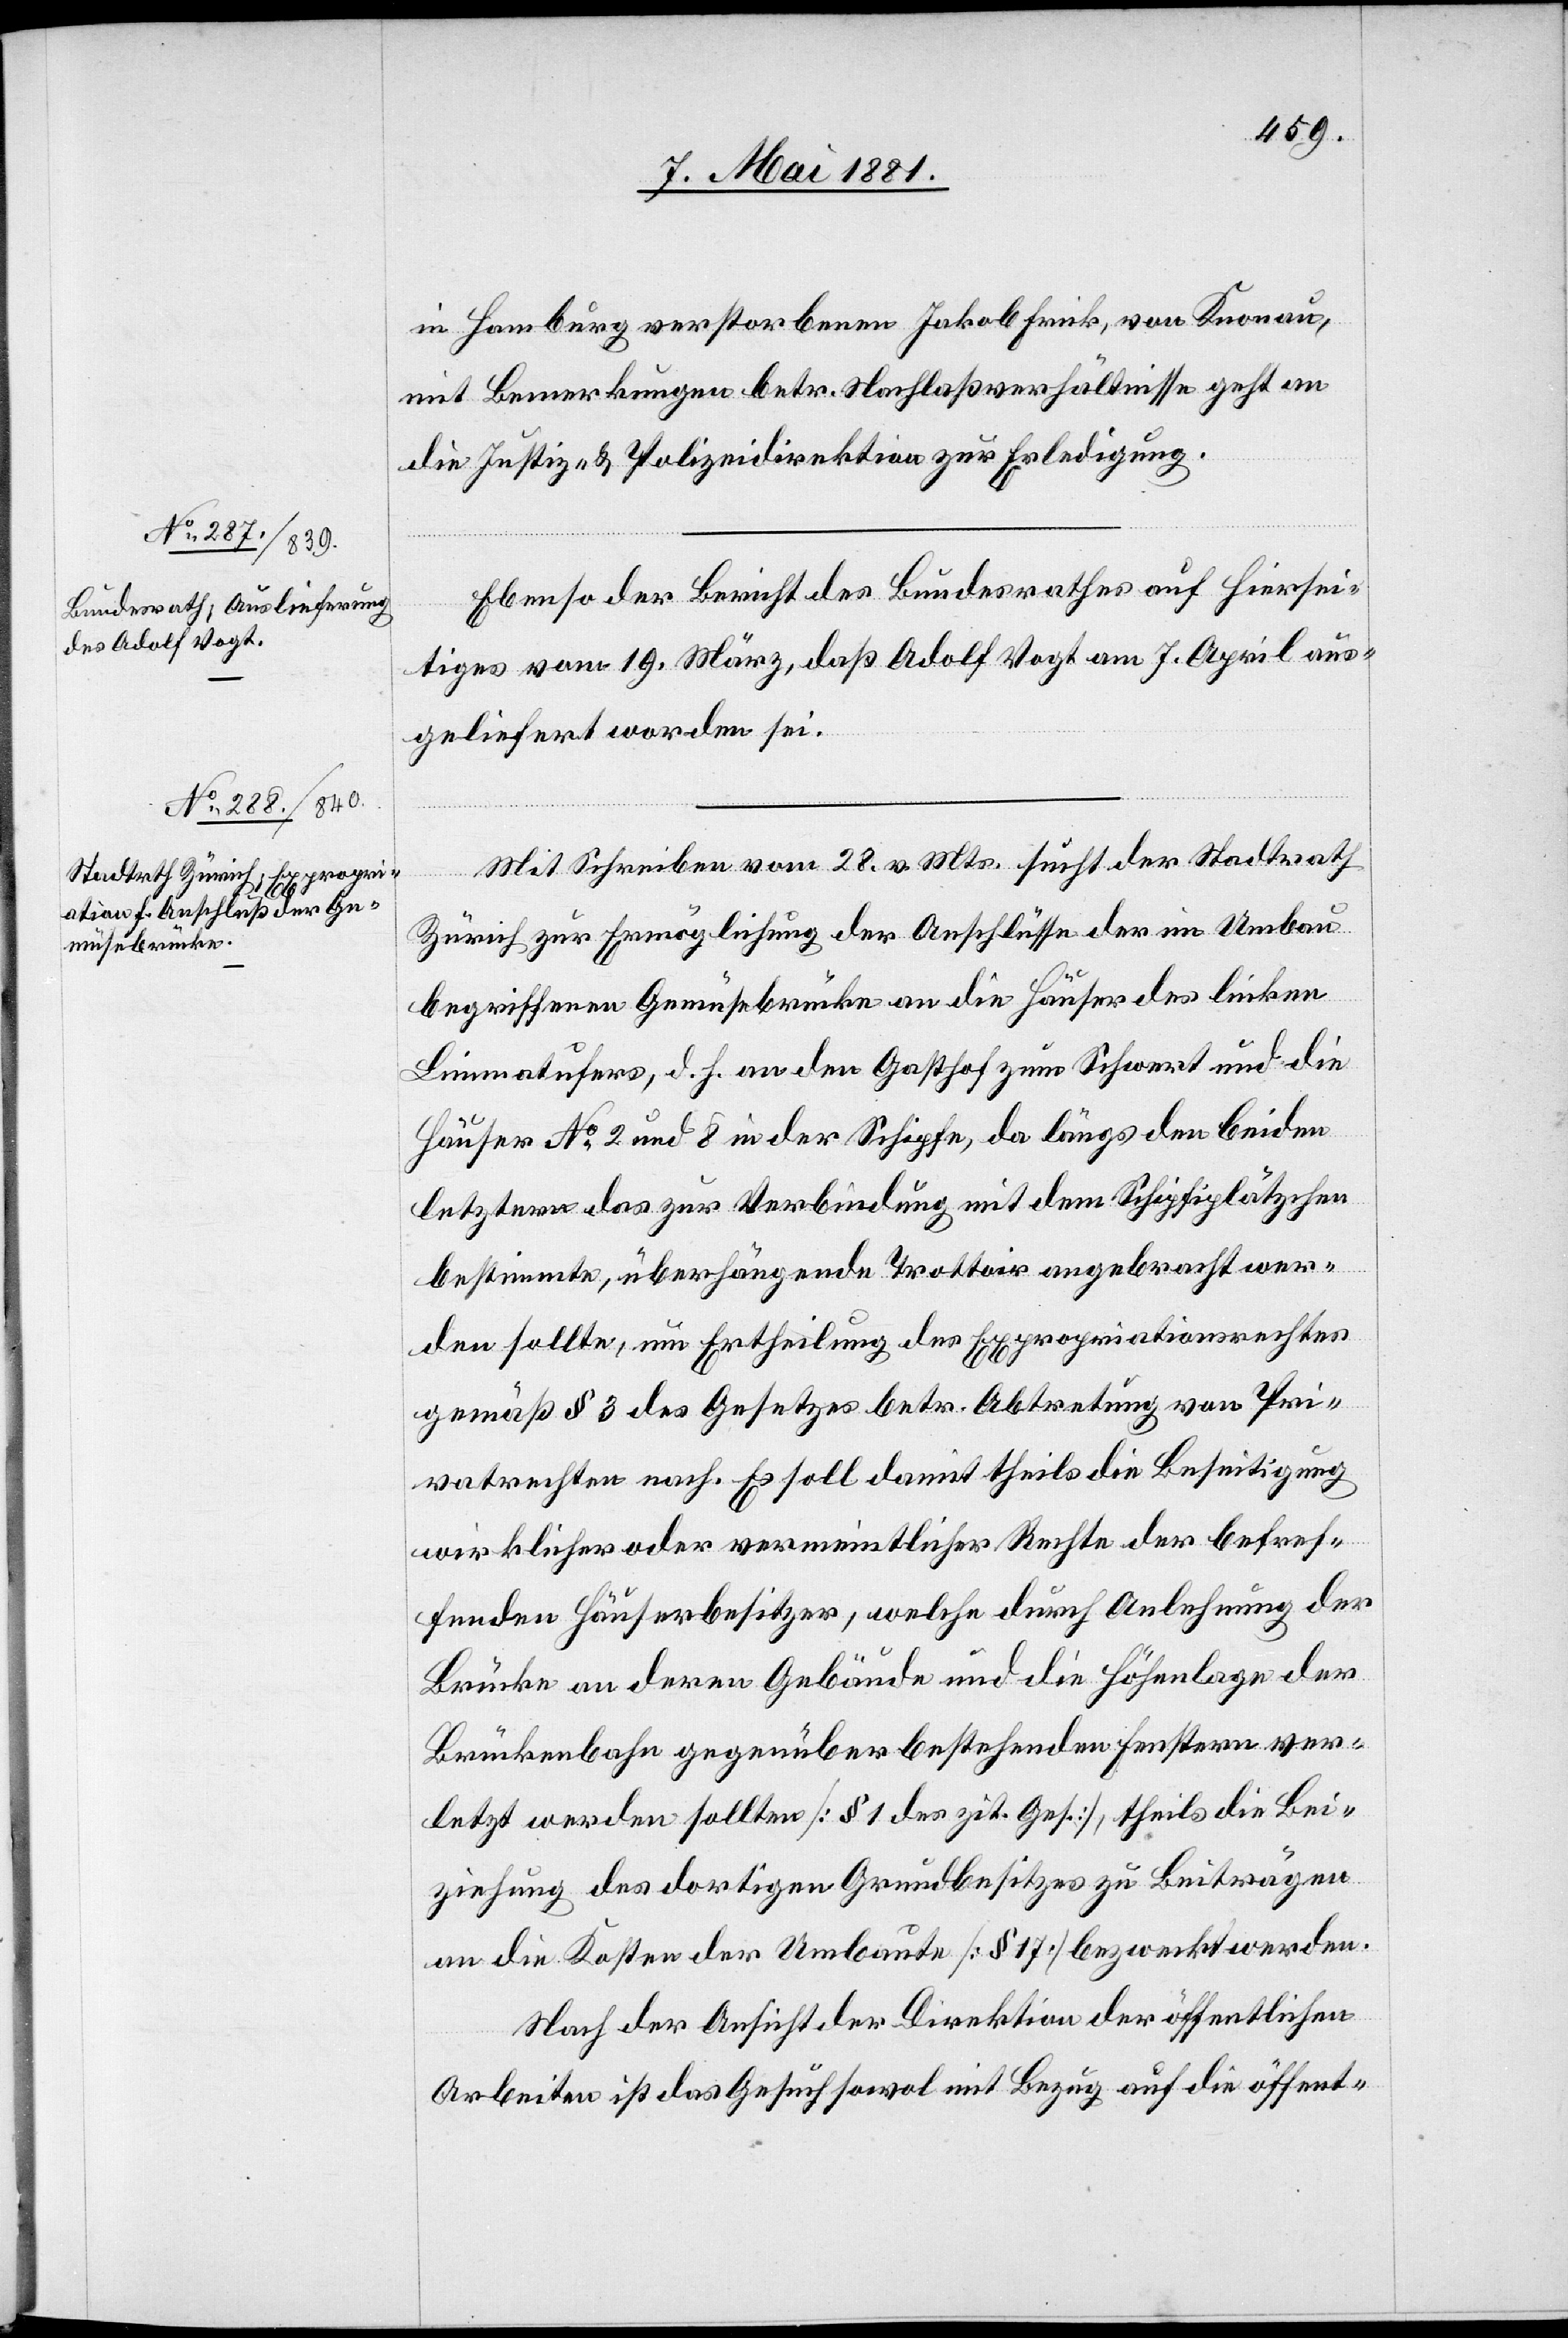
9. Mai 1881.]
in Hamburg verstorbenen Jakob Frick, von Knonau,
mit Bemerkungen betr. Nachlaßverhältnisse geht an
die Justiz- & Polizeidirektion zur Erledigung.
Ebenso der Bericht des Bundesrathes auf hiersei¬
tiges vom 19. März, daß Adolf Vogt am 7. April aus¬
geliefert worden sei.
Mit Schreiben vom 28. v. Mts. sucht der Stadtrath
Zürich zu Ermöglichung der Anschlüsse der im Umbau
begriffenen Gemüsebrücke an die Häuser des linken
Limmatufers, d. h. an den Gasthof zum Schwert und die
Häuser No 2 und 8 in der Schipfe, da längs den beiden
letztern das zur Verbindung mit dem Schipfiplätzchen
bestimmte, überhängende Trottoir angebracht wer¬
den sollte, um Ertheilung des Expropriationsrechtes
gemäß § 3 des Gesetzes betr. Abtretung von Pri¬
vatrechten nach. Es soll damit theils die Beseitigung
wirklicher oder vermeintlicher Rechte der betref¬
fenden Häuserbesitzer, welche durch Anlehnung der
Brücke an deren Gebäude und die Höhenlage der
Brückenbahn gegenüber bestehenden Fenstern ver¬
letzt werden sollten [§ 1 des zit. Ges.], theils die Bei¬
ziehung des dortigen Grundbesitzes zu Beiträgen
an die Kosten der Umbaute [§ 17] bezweckt werden.
Nach der Ansicht der Direktion der öffentlichen
Arbeiten ist das Gesuch sowol mit Bezug auf die öffent-